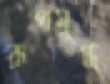
রূপমুগ্ধ